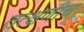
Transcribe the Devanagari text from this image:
तत्क्षणीच